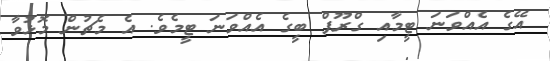
އޭގެ އެއްވަނަ ޓީމާއި ގްރޫޕް ބީގެ އެއްވަނަ ޓީމެވެ. އެ މެޗުން މޮޅުވާ